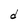
Character: d